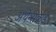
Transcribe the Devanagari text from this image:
अथेन्सकडे